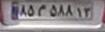
۸۵م۵۸۸۱۳